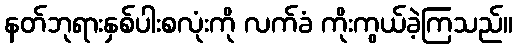
နတ်ဘုရားနှစ်ပါးစလုံးကို လက်ခံ ကိုးကွယ်ခဲ့ကြသည်။